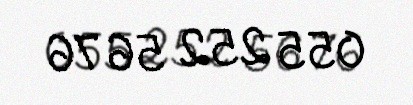
055 252 56 76